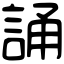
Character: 誦